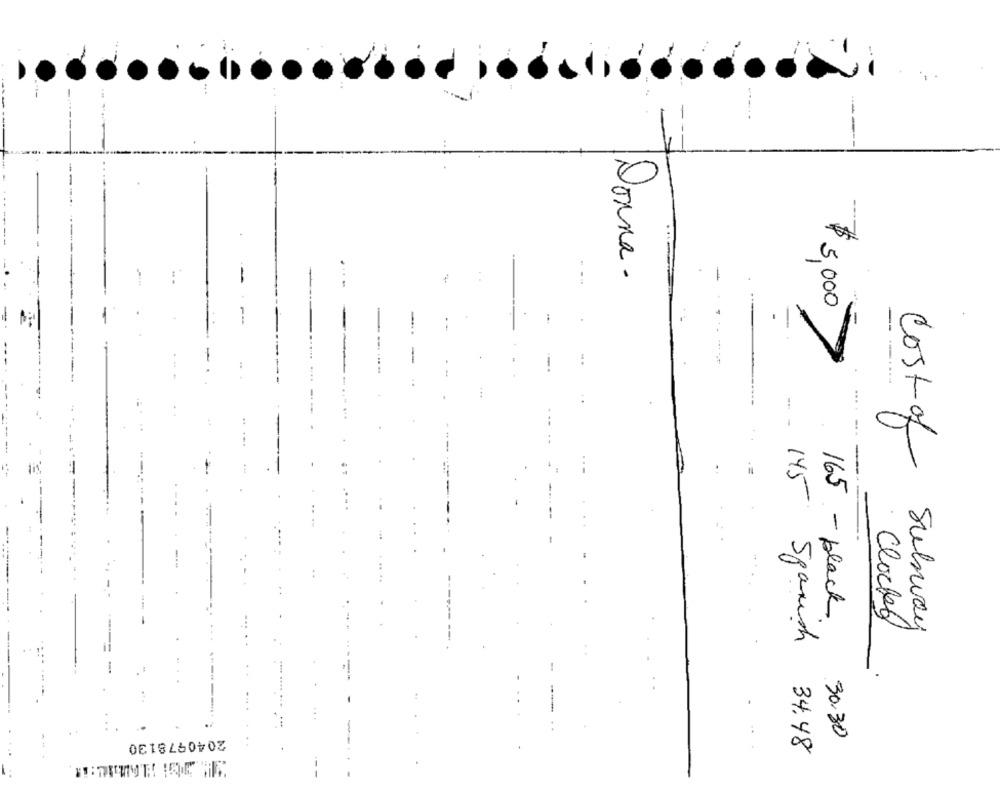
...
Donna.
-
-
-.....
- -
$ 5,000
Cost of
145
165 - black
Clocked
Subway
spanish
2040978130
30,30
34.48